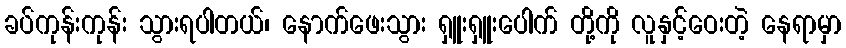
ခပ်ကုန်းကုန်း သွားရပါတယ်၊ နောက်ဖေးသွား ရှူးရှူးပေါက် တို့ကို လူနှင့်ဝေးတဲ့ နေရာမှာ